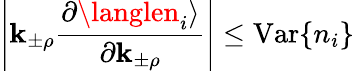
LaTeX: \left|\mathbf{k}_{\pm\rho}\frac{{\partial\langlen_{i}\rangle}}{{\partial\mathbf{k}_{\pm\rho}}}\right|\leq\mathrm{{Var}}\{ n_{i}\}